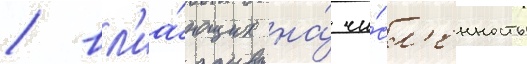
/ вл'иа́ющих на́ чи́сл'енность